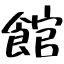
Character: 館